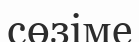
сөзіме